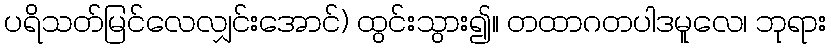
ပရိသတ်မြင်လေလျှင်းအောင်) ထွင်းသွား၍။ တထာဂတပါဒမူလေ၊ ဘုရား